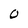
Character: O